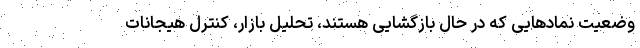
وضعیت نمادهایی که در حال بازگشایی هستند، تحلیل بازار، کنترل هیجانات